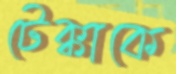
টেক্কাকে